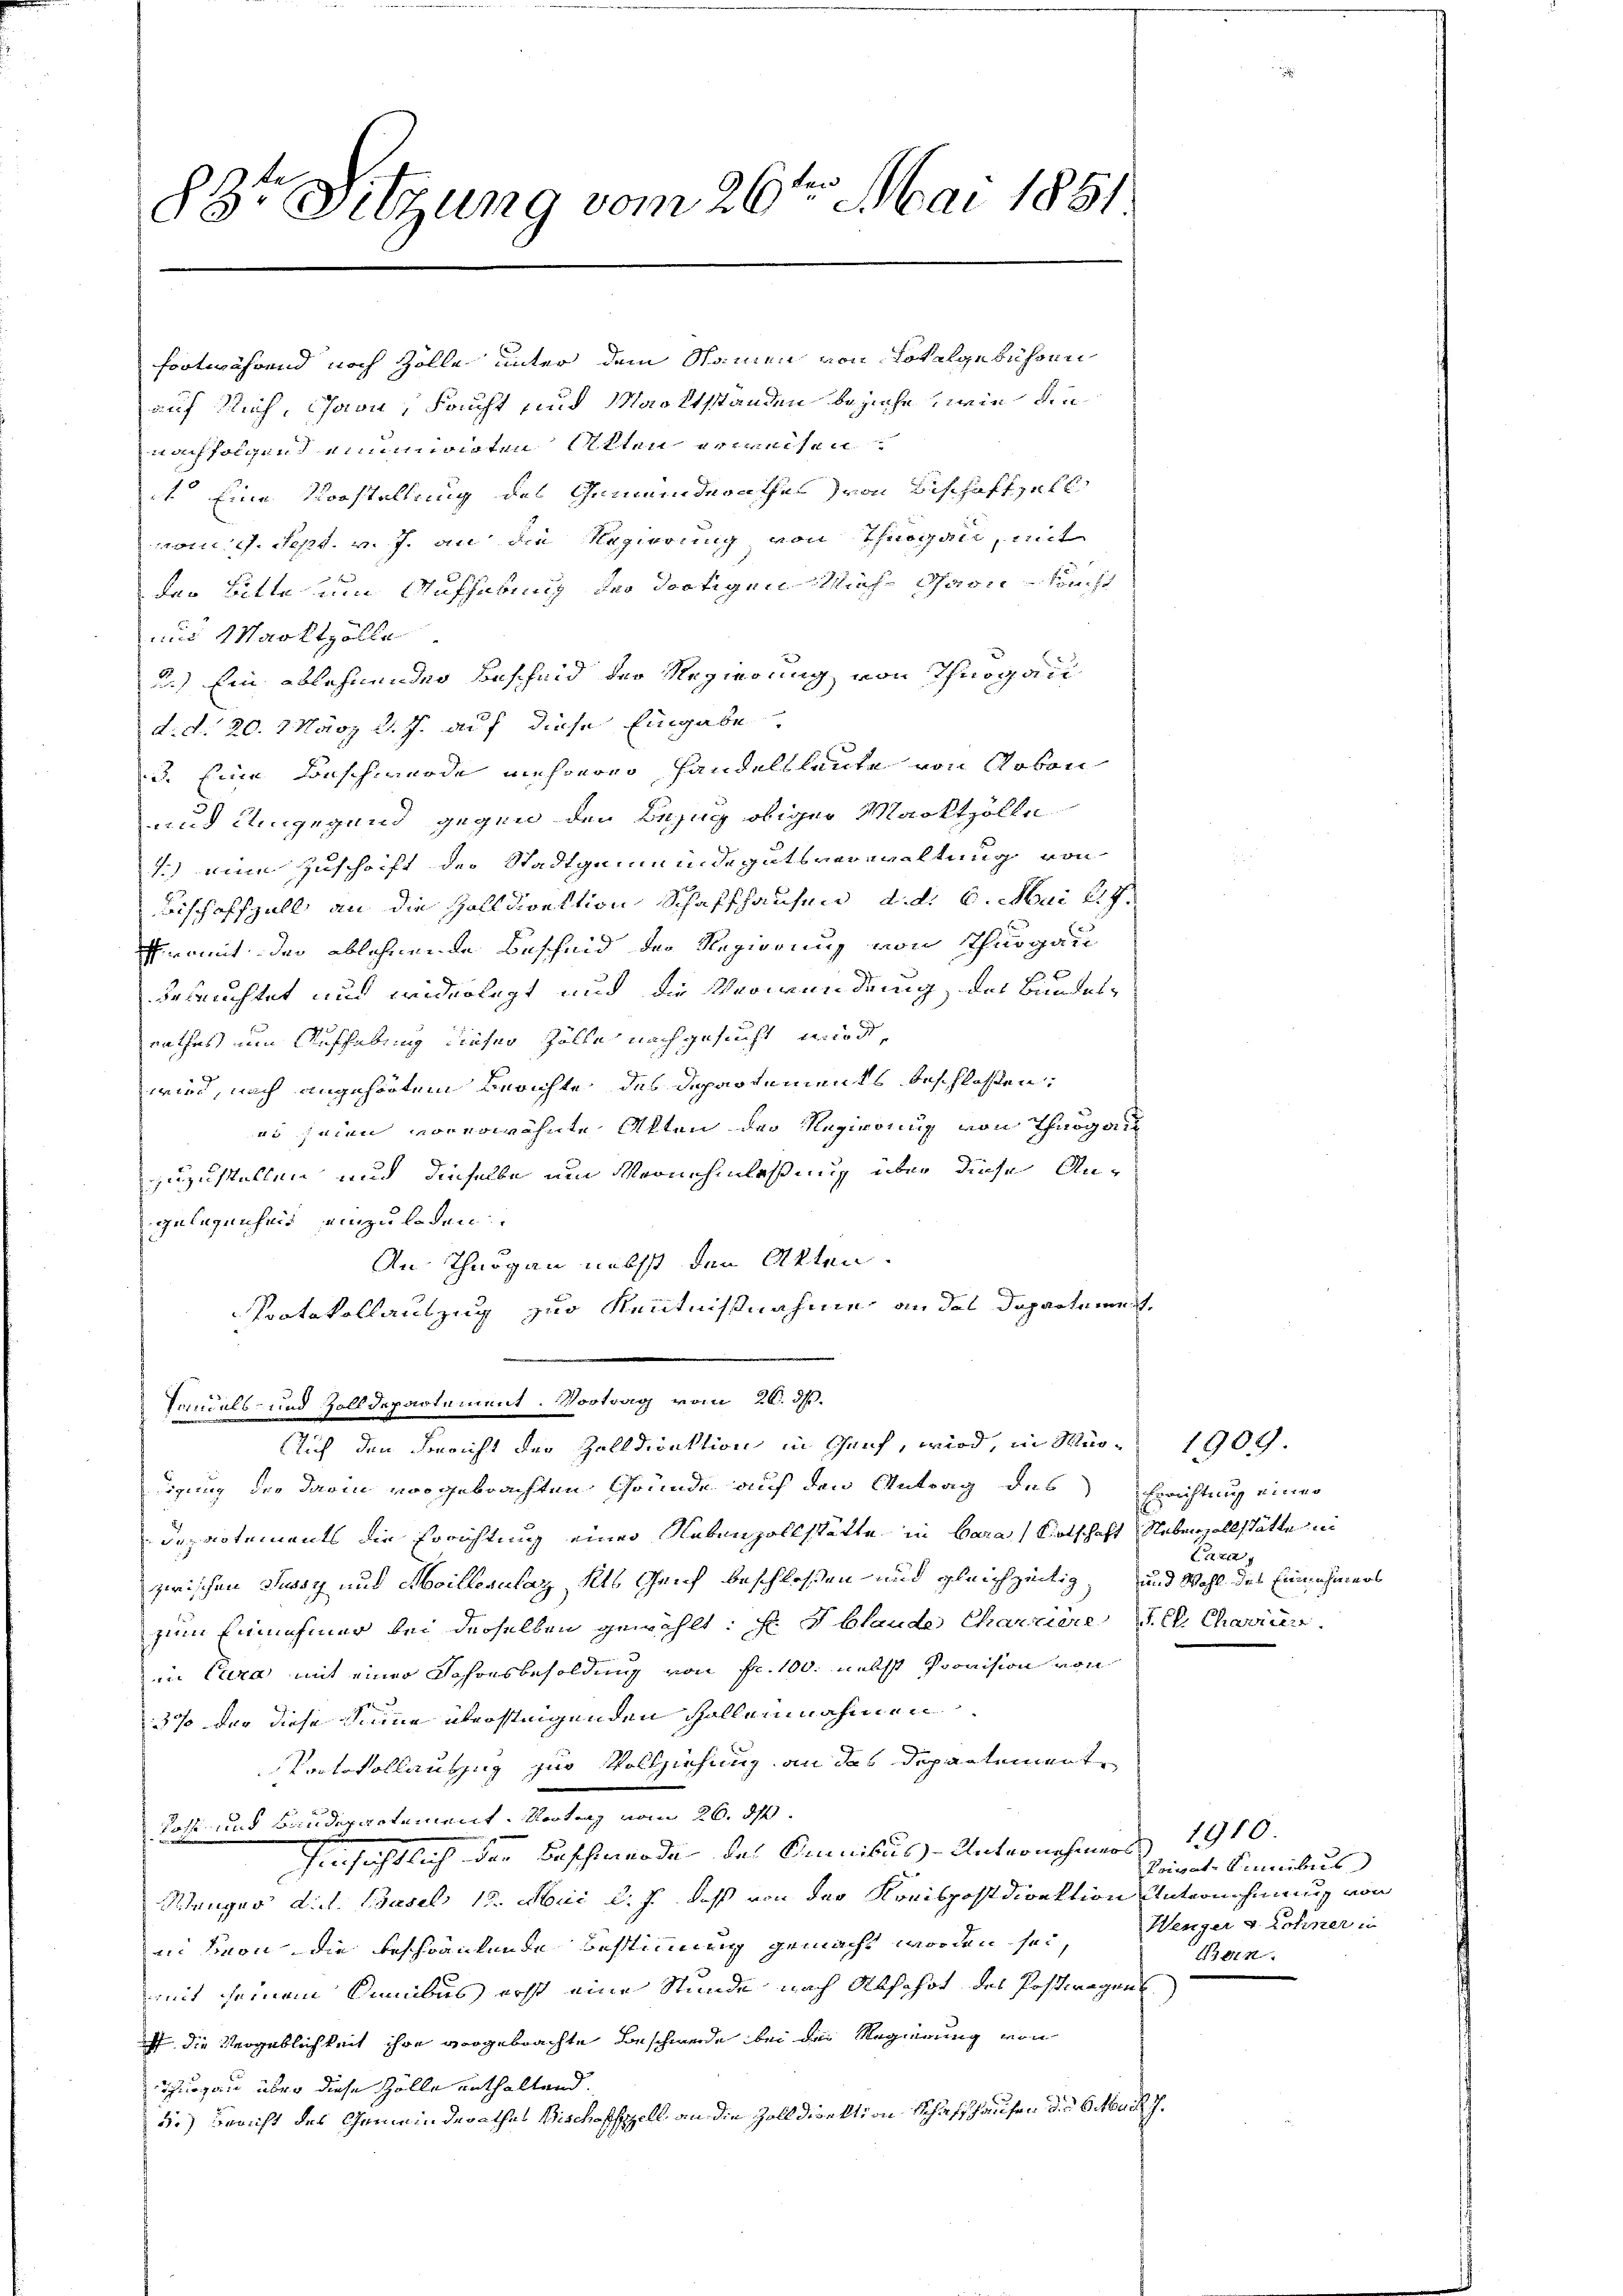
88r Sitzung vom 26te͇n Mai 1851

fortwährend noch Zolle unter dem Stainen von Lokalgebühren
auf Rich, Jaon, Frucht und Marktstanden beziehe, wie die
nachfolgend einminirten Alten erweisen:
 Eine Vorstellung des Gemeinderathes von Beschaftzell
vom 1. Sept. v. J. an die Regierung von Thurgall, mit
der Bitte um Aufhebung der dortigen Mich Scharin Recht
uus Marktzölle
2.) Ein ablehnender Bescheid der Regierung von Thurgau
d. d. 20. März d. J. auf diese Eingabe
3. Eine Forschwerde mehrerer Handelsleute von Robon
und Umgegend gegen den Bezug obiger Marktzölle
1) eine Zuschrift der Stadtgemeindegutsverwaltung von
Bischoffzell an die Zolldirektion Schaffhausen, d. d. 6. Mai 217.
Prait der ablehnende Bescheid der Regierung von Thurgau
beseuchtet und widerlegt und die Verwendung des Bundesrathes nun Aufhebung dieser Zölle nachgesucht wird,
wird, nach angehörtem Berichte des Departements beschloßen:
eo seien vorerwähnte Akten der Regierung von Thurgau
zuzustellen und dieselbe um Vernehmlassung über diese Angelegenheit einzuladen
An Thurgau nebst den Akten.
Protokollauszug zur Kenntnißnahme an das Dopartement,
Sandels- und Zolldepartement. Vortrag vom 26. ds.
Auch den Bericht der Zolldirektion in Genf, wird, in Mur- 1909.
igung der darin vorgebrachten Gründe auf den Antrag des Errichtung einer
Departements die Errichtung einer Nebenzollstätte in Bara Wirtschaft Nebenzollstätte in
zwischen Sunst und Meillerulat als Geich beschloßen und gleichzeitigzum Einnehmer bei derselben gewählt: Hr. Plaude Charriere V. C. Charier
in Cara mit einer Sofonsbesoldung von Fr. 100. nechst Provision von
37 der diese Seine überstingenden Galleinnahmen
Protokollauszug zur Vollziehung an das Departemente
lott und Baudepartement. Vertrag vom 26. dh.
hinsichtlich der Beschwerde des Omnibus - Unternehmers 1910.
Mänger d. d. Basel 12. Mani d. J., daß von der Kreispostdirektion Unternehmung von
ni non die beschränkende Bestimmung gemacht worden sei,
mit seinem Sinibus erst eine Stunde nach Abfahrt des Postwagen
f die Vergeblichkeit ihre vorgebrachte Beschwerde bei der Regierung von
Thurgau über diese Zölle enthaltend.
5.) Bericht des Gemeinderathes Bischofzell an die Zoll direktion Schaffhausen die Mai 7.

f xx
und Wohl des Einnahmens

Privat-Cannibus
Wenger v. Lohner in
Bern